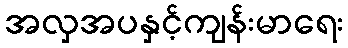
အလှအပနှင့်ကျန်းမာရေး